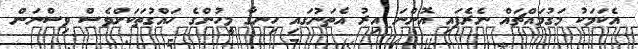
އެކަމަކު މަގުމައްޗައް ނެރެފައި އޮންނަ އިރު އެތަނުގައި ހިނގާ މީހުންގެ ހައްގުތަކަށްވެސް ވިސްނަން